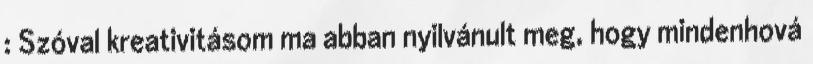
: Szóval kreativitásom ma abban nyilvánult meg, hogy mindenhová